Leaving Certificate Examination (including Day School Certificate (Higher) General paper), 1928
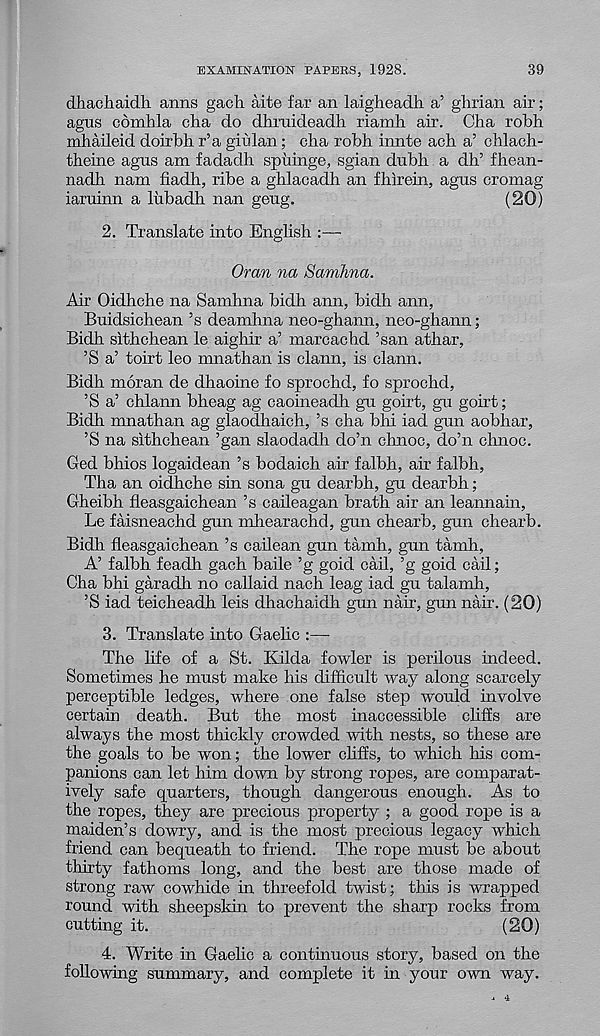
EXAMINATION PAPERS, 1928.
39
dliachaidh aims gach aite far an laigheadh a’ glirian air;
agus cdmhla cha do dhrnideadh riamh air. Cha robh
mhaileid doirbh r’a giulan ; cha robh innte ach a’ chlach-
theine agus am fadadh spuinge, sgian dubh a dh’ fhean-
nadh nam fiadh, ribe a ghlacadh an fhirein, agus cromag
iaruinn a lubadh nan geug.
(20)
2. Translate into English :—
Oran na Samhna.
Air Oidhche na Samhna bidh ann, bidh ann,
Buidsichean’s deamhna neo-ghann, neo-ghann;
Bidh sithchean le aighir a’ marcachd ’san athar,
’S a’ toirt leo mnathan is clann, is clann.
Bidh moran de dhaoine fo sprochd, fo sprochd,
’S a’ chlann bheag ag caoineadh gu goirt, gu goirt;
Bidh nmathan ag glaodhaich, ’s cha bhi iad gun aobhar,
’S na sithchean ’gan slaodadh do’n chnoc, do’n chnoc.
Ged bhios logaidean’s bodaich air falbh, air falbh,
Tha an oidhche sin sona gu dearbh, gu dearbh;
Gheibh fleasgaichean’s caileagan brath air an leannain,
Le faisneachd gun mhearachd, gun chearb, gun chearb.
Bidh fleasgaichean’s cailean gun tamh, gun tamh,
A’ falbh feadh gach bade ’g goid call, ’g goid call;
Cha bhi garadh no callaid nach lea,g iad gu talamh,
’S iad teicheadh leis dhachaidh gun nair, gun nair. (20)
3. Translate into Gaelic :—
The life of a St. Kilda fowler is perilous indeed.
Sometimes he must make his difficult way along scarcely
perceptible ledges, where one false step would involve
certain death. But the most inaccessible cliffs are
always the most thickly crowded with nests, so these are
the goals to be won; the lower cliffs, to which his com-
panions can let him down by strong ropes, are comparat-
ively safe quarters, though dangerous enough. As to
the ropes, they are precious property ; a good rope is a
maiden’s dowry, and is the most precious legacy which
friend can bequeath to friend. The rope must be about
thirty fathoms long, and the best are those made of
strong raw cowhide in threefold twist; this is wrapped
round with sheepskin to prevent the sharp rocks from
cutting it.
(20)
4. Write in Gaelic a continuous story, based on the
following summary, and complete it in your own way.